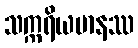
သက္ကရိယမာနဿ